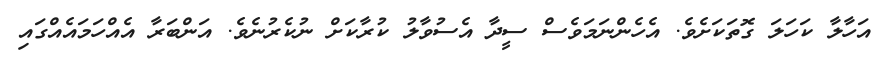
އަހާލާ ކަހަލަ ގޮތަކަށެވެ. އެހެންނަމަވެސް ސީދާ އެސުވާލު ކުރާކަށް ނުކެރުނެވެ. އަންބަރާ އެއްހަމައެއްގައި